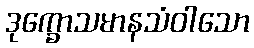
ဒုက္ခောသမာနသံဝါသော